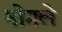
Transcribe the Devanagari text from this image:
मोगले